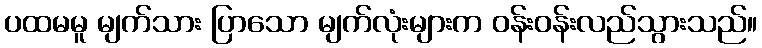
ပထမမူ မျက်သား ပြာသော မျက်လုံးများက ဝန်းဝန်းလည်သွားသည်။